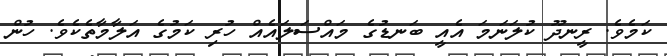
ކަމެވެ. ރީނދޫ ކުލަނަމަ އެއީ ބަނޑުގެ މައްސަލައެއް ހުރި ކަމުގެ އަލާމާތެކެވެ. ހުން